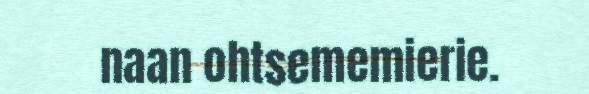
naan ohtsememierie.